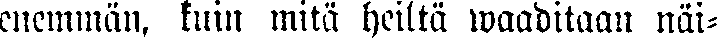
enemmän, kuin mitä heiltä waaditaan näi-